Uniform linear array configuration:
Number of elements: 24
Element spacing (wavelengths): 0.25
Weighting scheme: binomial
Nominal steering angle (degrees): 45
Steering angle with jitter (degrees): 43.028
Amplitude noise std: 0.05
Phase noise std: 0.05

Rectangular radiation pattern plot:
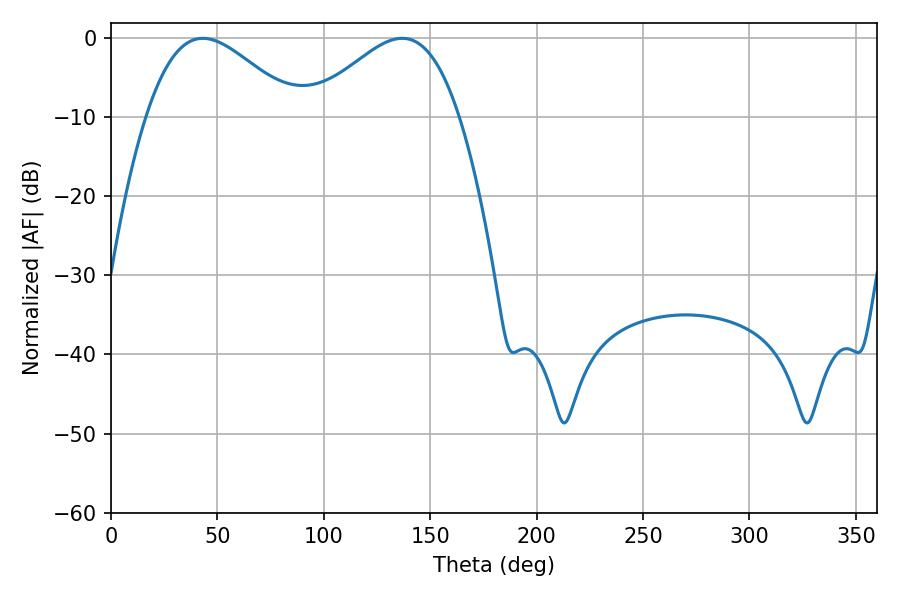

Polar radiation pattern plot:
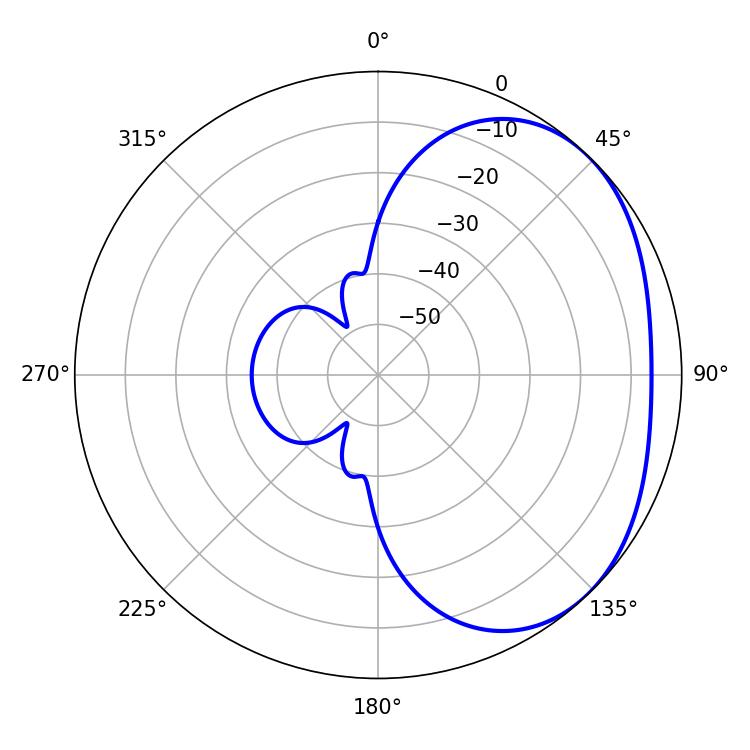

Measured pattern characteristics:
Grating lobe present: FALSE
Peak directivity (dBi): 2.745
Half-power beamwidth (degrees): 37.62
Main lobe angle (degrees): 43.2